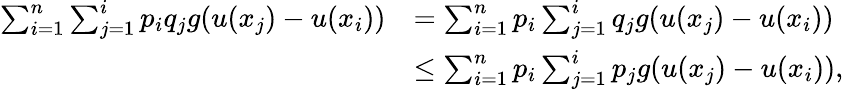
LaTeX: \begin{array}{rl}{\sum_{i=1}^{n}\sum_{j=1}^{i}p_{i}q_{j}g(u(x_{j})-u(x_{i}))}&{=\sum_{i=1}^{n}p_{i}\sum_{j=1}^{i}q_{j}g(u(x_{j})-u(x_{i}))}\\ &{\leq\sum_{i=1}^{n}p_{i}\sum_{j=1}^{i}p_{j}g(u(x_{j})-u(x_{i})),}\end{array}